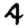
Digit: 4